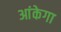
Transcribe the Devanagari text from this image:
आंकेगा